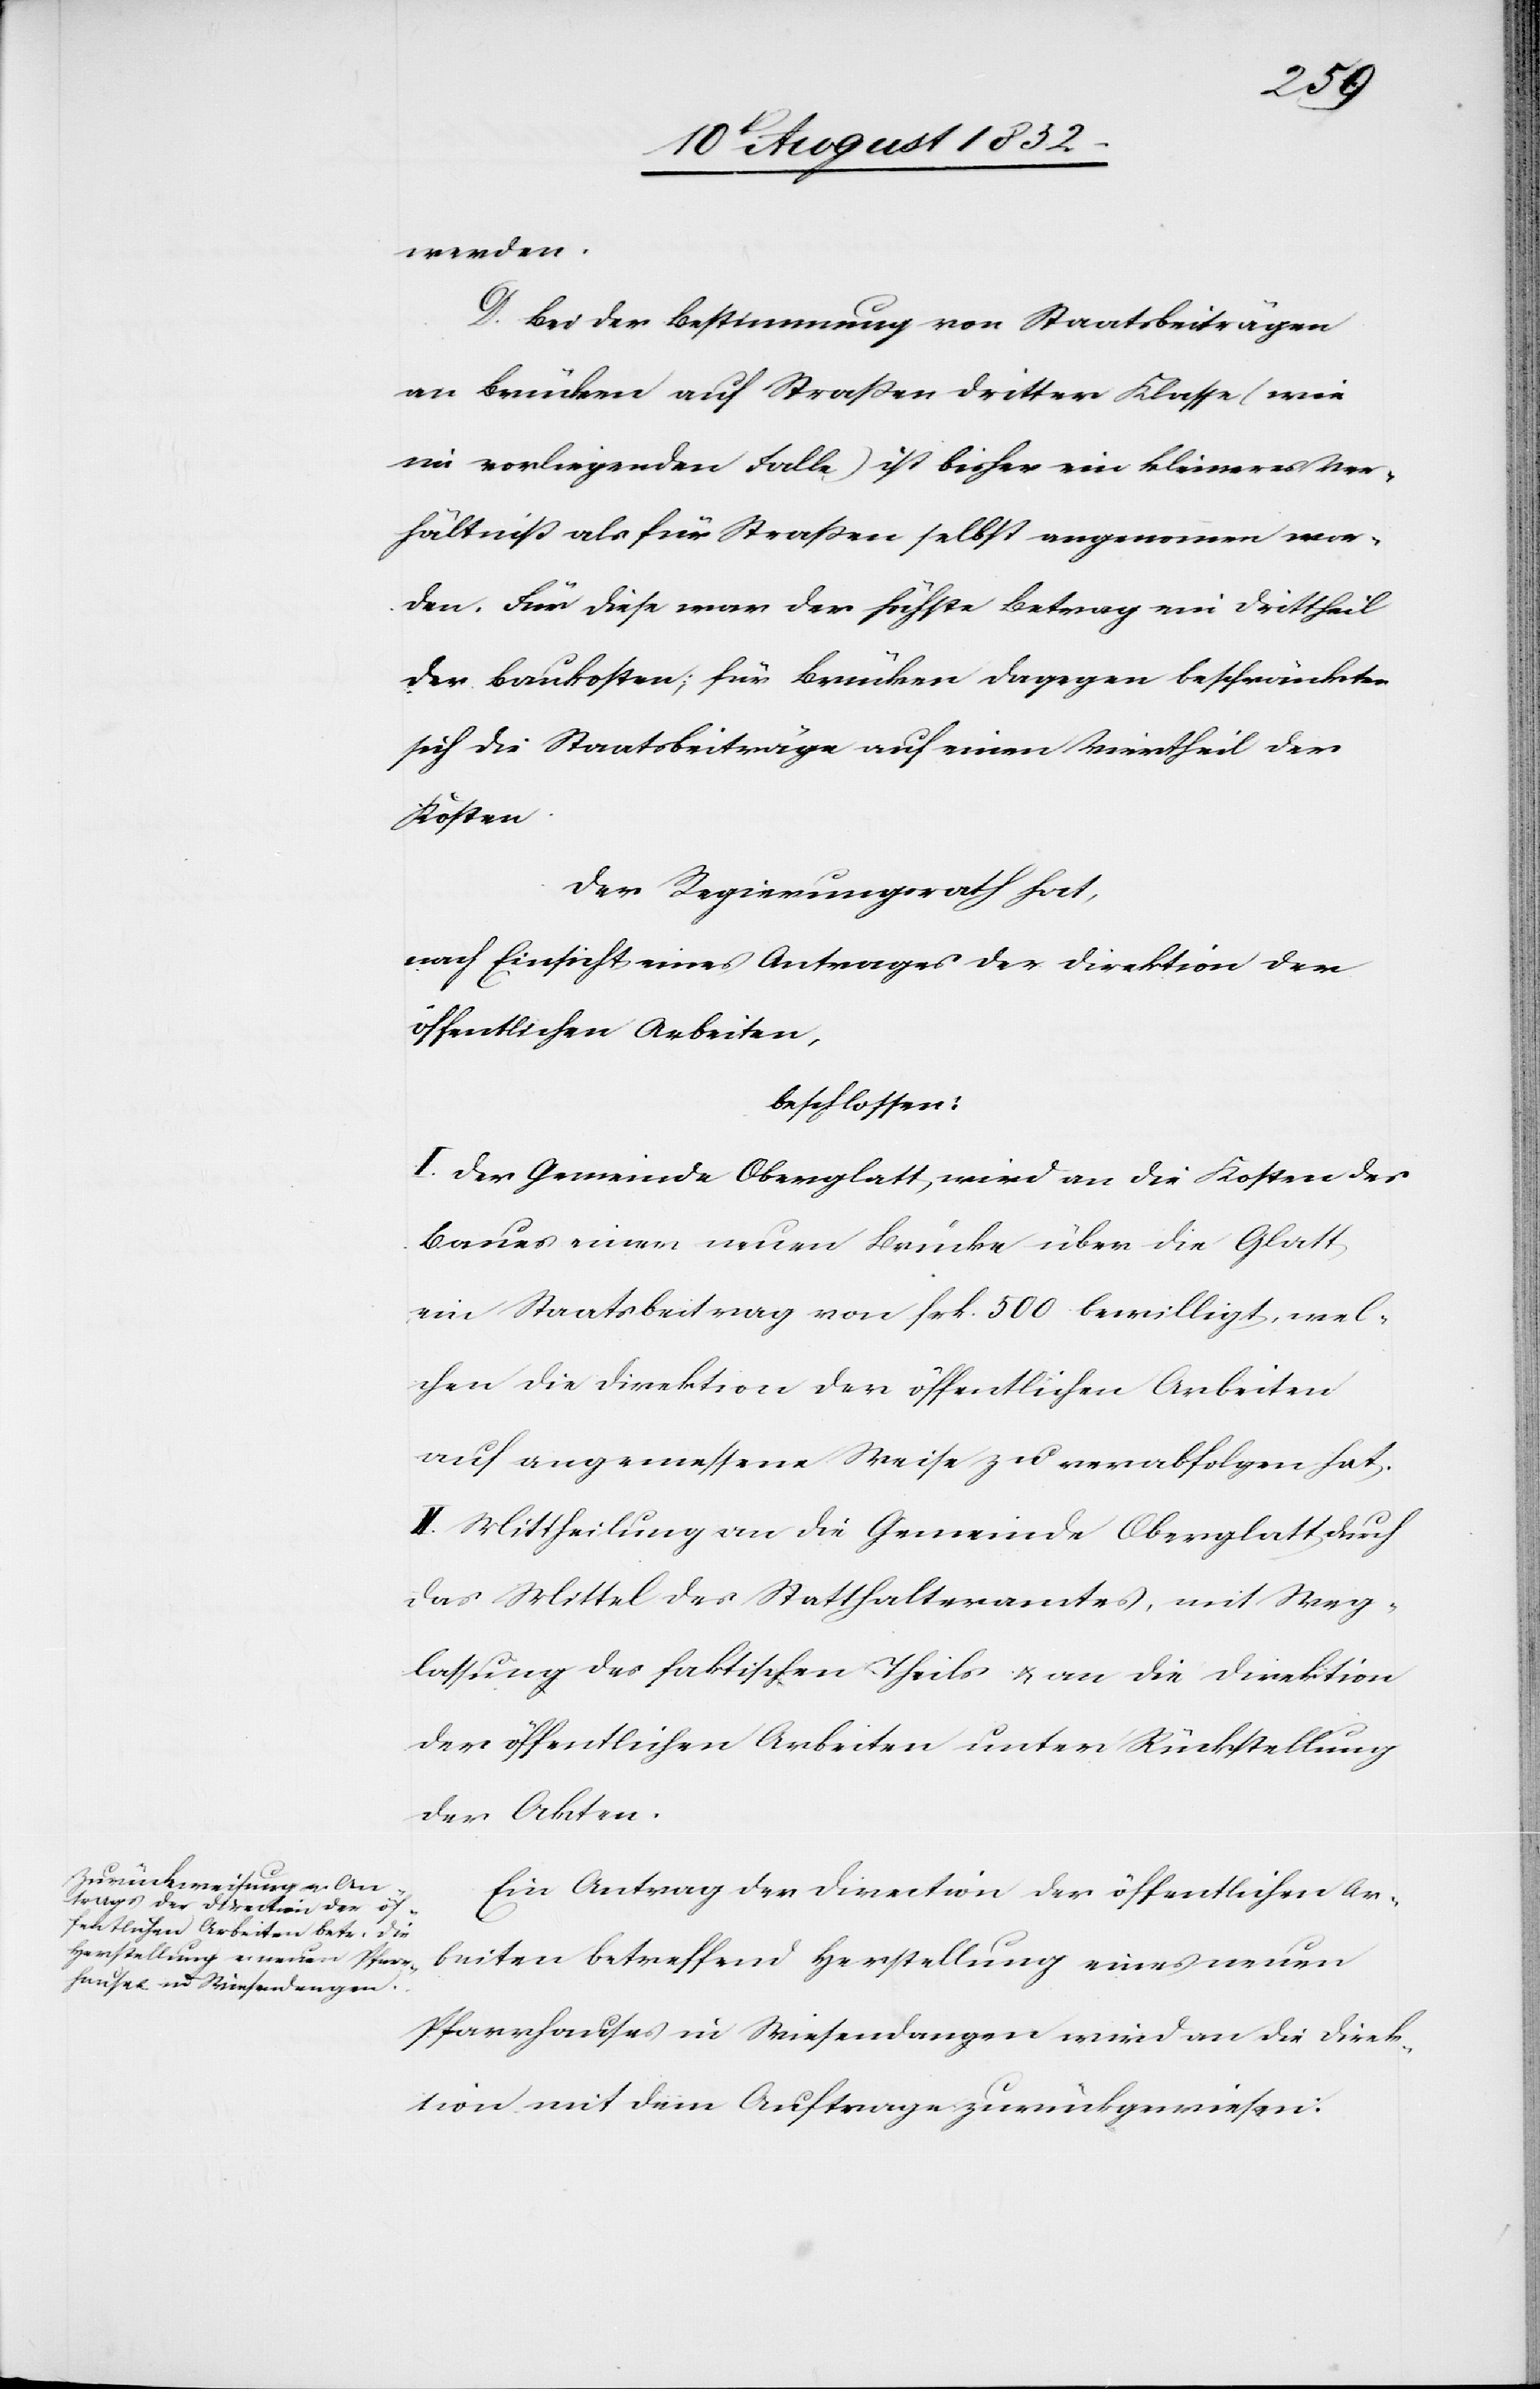
werden.
D. Bei der Bestimmung von Staatsbeiträgen
an Brücken auf Straßen dritter Klasse (wie
im vorliegenden Falle) ist bisher ein kleineres Ver¬
hältniß als für Straßen selbst angenommen wor¬
den. Für diese war der höchste Betrag ein Drittheil
der Baukosten; für Brücken dagegen beschränkten
sich die Staatsbeiträge auf einen Viertheil der
Kosten.
Der Regierungsrath hat,
nach Einsicht eines Antrages der Direktion der
öffentlichen Arbeiten,
beschlossen:
I. Der Gemeinde Oberglatt wird an die Kosten des
Baues einer neuen Brücke über die Glatt
ein Staatsbeitrag von frk. 500 bewilligt, wel¬
chen die Direktion der öffentlichen Arbeiten
auf angemessene Weise zu verabfolgen hat.
II. Mittheilung an die Gemeinde Oberglatt durch
das Mittel des Statthalteramtes, mit Weg¬
lassung des faktischen Theils & an die Direktion
der öffentlichen Arbeiten unter Rückstellung
der Akten.
Ein Antrag der Direction der öffentlichen Ar¬
beiten betreffend Herstellung eines neuen
Pfarrhauses in Wiesendangen wird an die Direk¬
tion mit dem Auftrage zurückgewiesen: